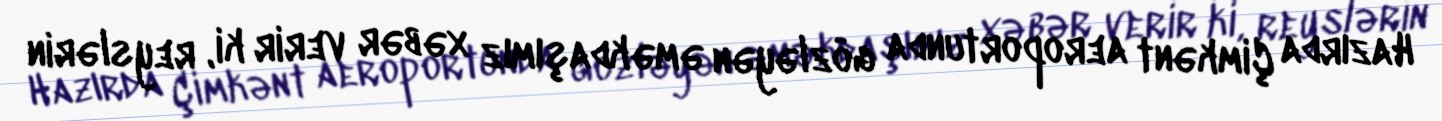
Hazırda Çimkənt aeroportunda gözləyən əməkdaşımız xəbər verir ki, reyslərin